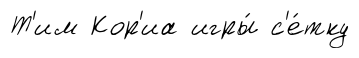
Т'им Кор'иа игры́ с'е́тку